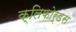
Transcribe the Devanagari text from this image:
क्लिफोर्डस